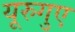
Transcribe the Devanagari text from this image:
यूरुगुए